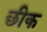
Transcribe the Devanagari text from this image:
छीक